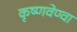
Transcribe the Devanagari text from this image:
कृष्णवेण्वा